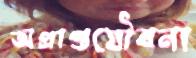
অপ্রাপ্তযৌবনা